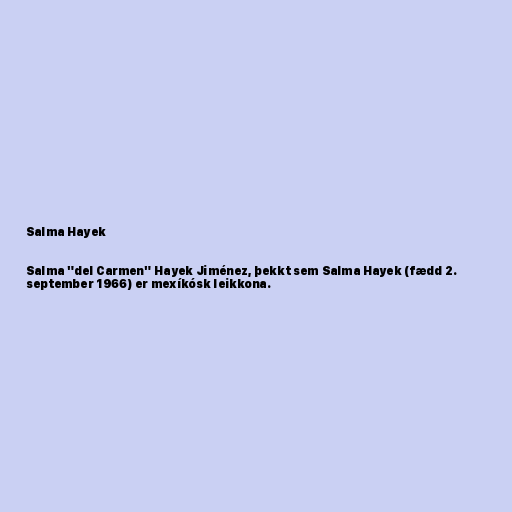
Salma Hayek

Salma "del Carmen" Hayek Jiménez, þekkt sem Salma Hayek (fædd 2.
september 1966) er mexíkósk leikkona.